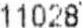
11028